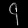
Digit: ၄